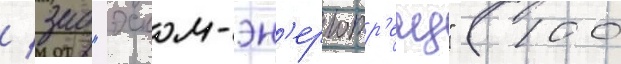
/ зао "эском-эн'ерготр'еид" (100